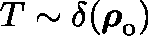
T \sim \delta ( \boldsymbol { \mathbf { \rho } } _ { \mathrm { o } } )